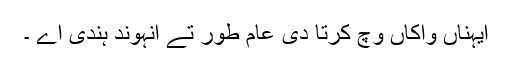
ایہناں واکاں وچ کرتا دی عامَ طور تے انہوند ہندی اے ۔